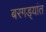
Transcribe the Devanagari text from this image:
बरगड्यांत